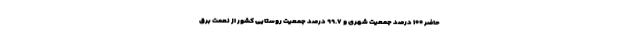
حاضر ۱۰۰ درصد جمعیت شهری و ۹۹.۷ درصد جمعیت روستایی کشور از نعمت برق